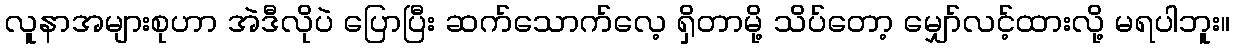
လူနာအများစုဟာ အဲဒီလိုပဲ ပြောပြီး ဆက်သောက်လေ့ ရှိတာမို့ သိပ်တော့ မျှော်လင့်ထားလို့ မရပါဘူး။